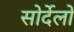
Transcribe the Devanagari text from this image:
सोर्देलो